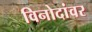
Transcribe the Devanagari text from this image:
विनोदांवर